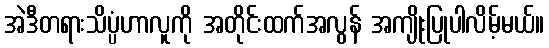
အဲဒီတရားသိပ္ပံဟာလူကို အတိုင်းထက်အလွန် အကျိုးပြုပါလိမ့်မယ်။